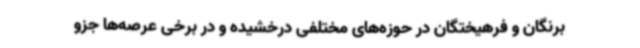
برنگان و فرهیختگان در حوزه‌های مختلفی درخشیده و در برخی عرصه‌ها جزو